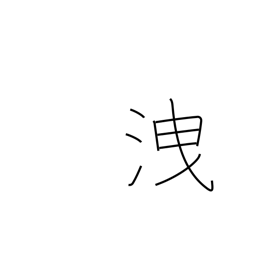
Meaning: escape